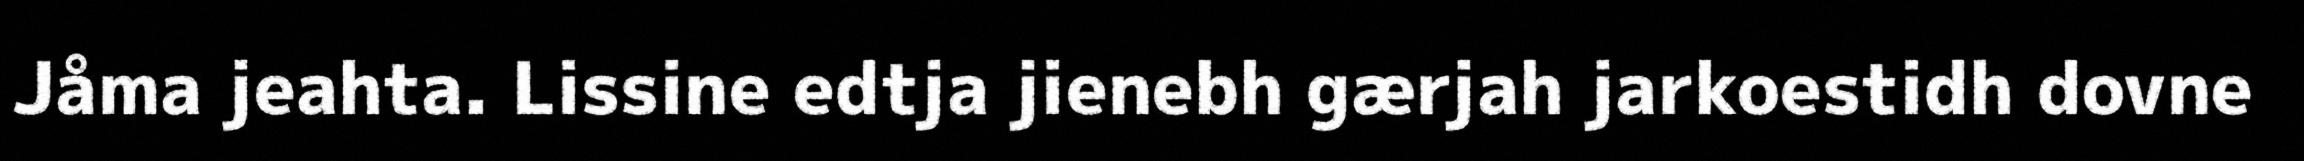
Jåma jeahta. Lissine edtja jienebh gærjah jarkoestidh dovne